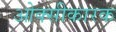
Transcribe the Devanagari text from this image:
ओक्सीकारक